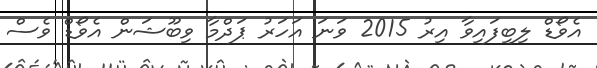
އެވޯޑް ލިބިފައިވާ އިރު 2015 ވަނަ އަހަރު ޕަދްމާ ވިބޫޝަން އެވޯޑް ވެސް